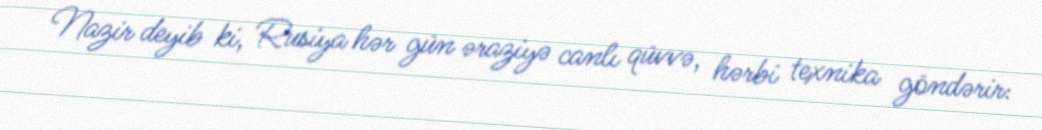
Nazir deyib ki, Rusiya hər gün əraziyə canlı qüvvə, hərbi texnika göndərir: